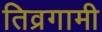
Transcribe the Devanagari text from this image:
तिव्रगामी